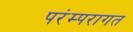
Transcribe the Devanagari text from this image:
परंम्परागत